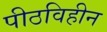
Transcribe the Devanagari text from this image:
पीठविहीन